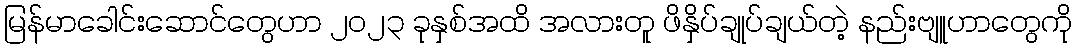
မြန်မာခေါင်းဆောင်တွေဟာ ၂၀၂၃ ခုနှစ်အထိ အလားတူ ဖိနှိပ်ချုပ်ချယ်တဲ့ နည်းဗျူဟာတွေကို